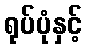
ရုပ်ပုံနှင့်